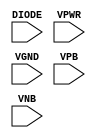
module sky130_fd_sc_ms__diode (
    DIODE,
    VPWR ,
    VGND ,
    VPB  ,
    VNB
);

    input DIODE;
    input VPWR ;
    input VGND ;
    input VPB  ;
    input VNB  ;
endmodule